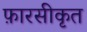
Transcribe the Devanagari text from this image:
फ़ारसीकृत